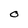
Character: O